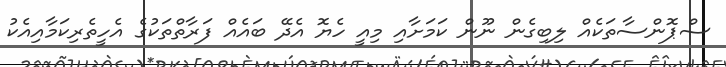
ސްޕޮންސާތަކެއް ލިބިގެން ނޫން ކަމަށާއި މިއީ ހެޔޮ އެދޭ ބައެއް ފަރާތްތަކުގެ އެހީތެރިކަމާއިއެކު